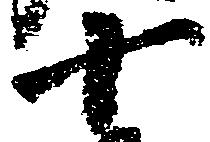
十